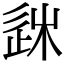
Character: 𨒠